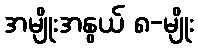
အမျိုးအနွယ် ၈-မျိုး